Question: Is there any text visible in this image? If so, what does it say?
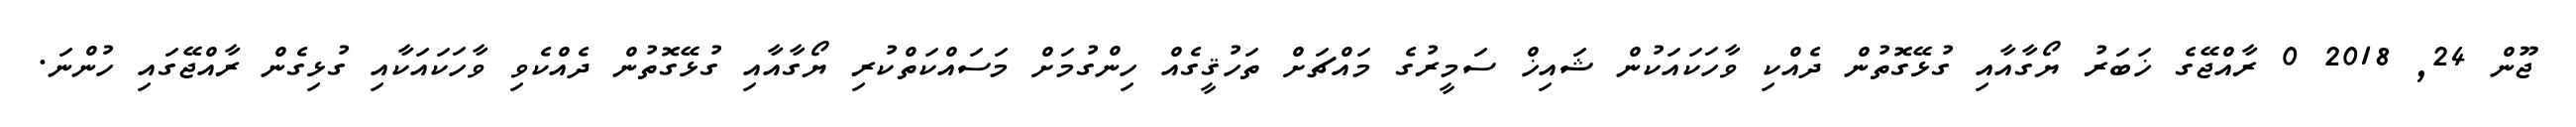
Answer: ޖޫން 24, 2018 0 ރާއްޖޭގެ ޚަބަރު ޔޯގާއާއި ގުޅޭގޮތުން ދެއްކި ވާހަކައަކުން ޝައިޚް ސަމީރުގެ މައްޗަށް ތަހުޤީގެއް ހިންގުމަށް މަސައްކަތްކުރި ޔޯގާއާއި ގުޅޭގޮތުން ދެއްކެވި ވާހަކައަކާއި ގުޅިގެން ރާއްޖޭގައި ހުންނަ.